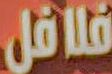
فلافل